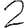
Digit: 2